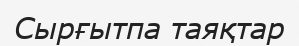
Сырғытпа таяқтар